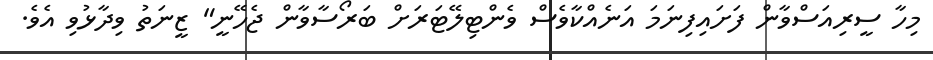
މިހާ ސީރިއަސްވާން ފަށައިފިނަމަ އަނެއްކާވެސް ވެންޓިލޭޓަރަށް ބަރޯސާވާން ޖެހޭނީ" ޒީނަތު ވިދާޅުވި އެވެ.